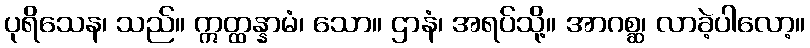
ပုရိသေန၊ သည်။ ဣတ္ထန္နာမံ၊ သော။ ဌာနံ၊ အရပ်သို့။ အာဂစ္ဆ၊ လာခဲ့ပါလော့။